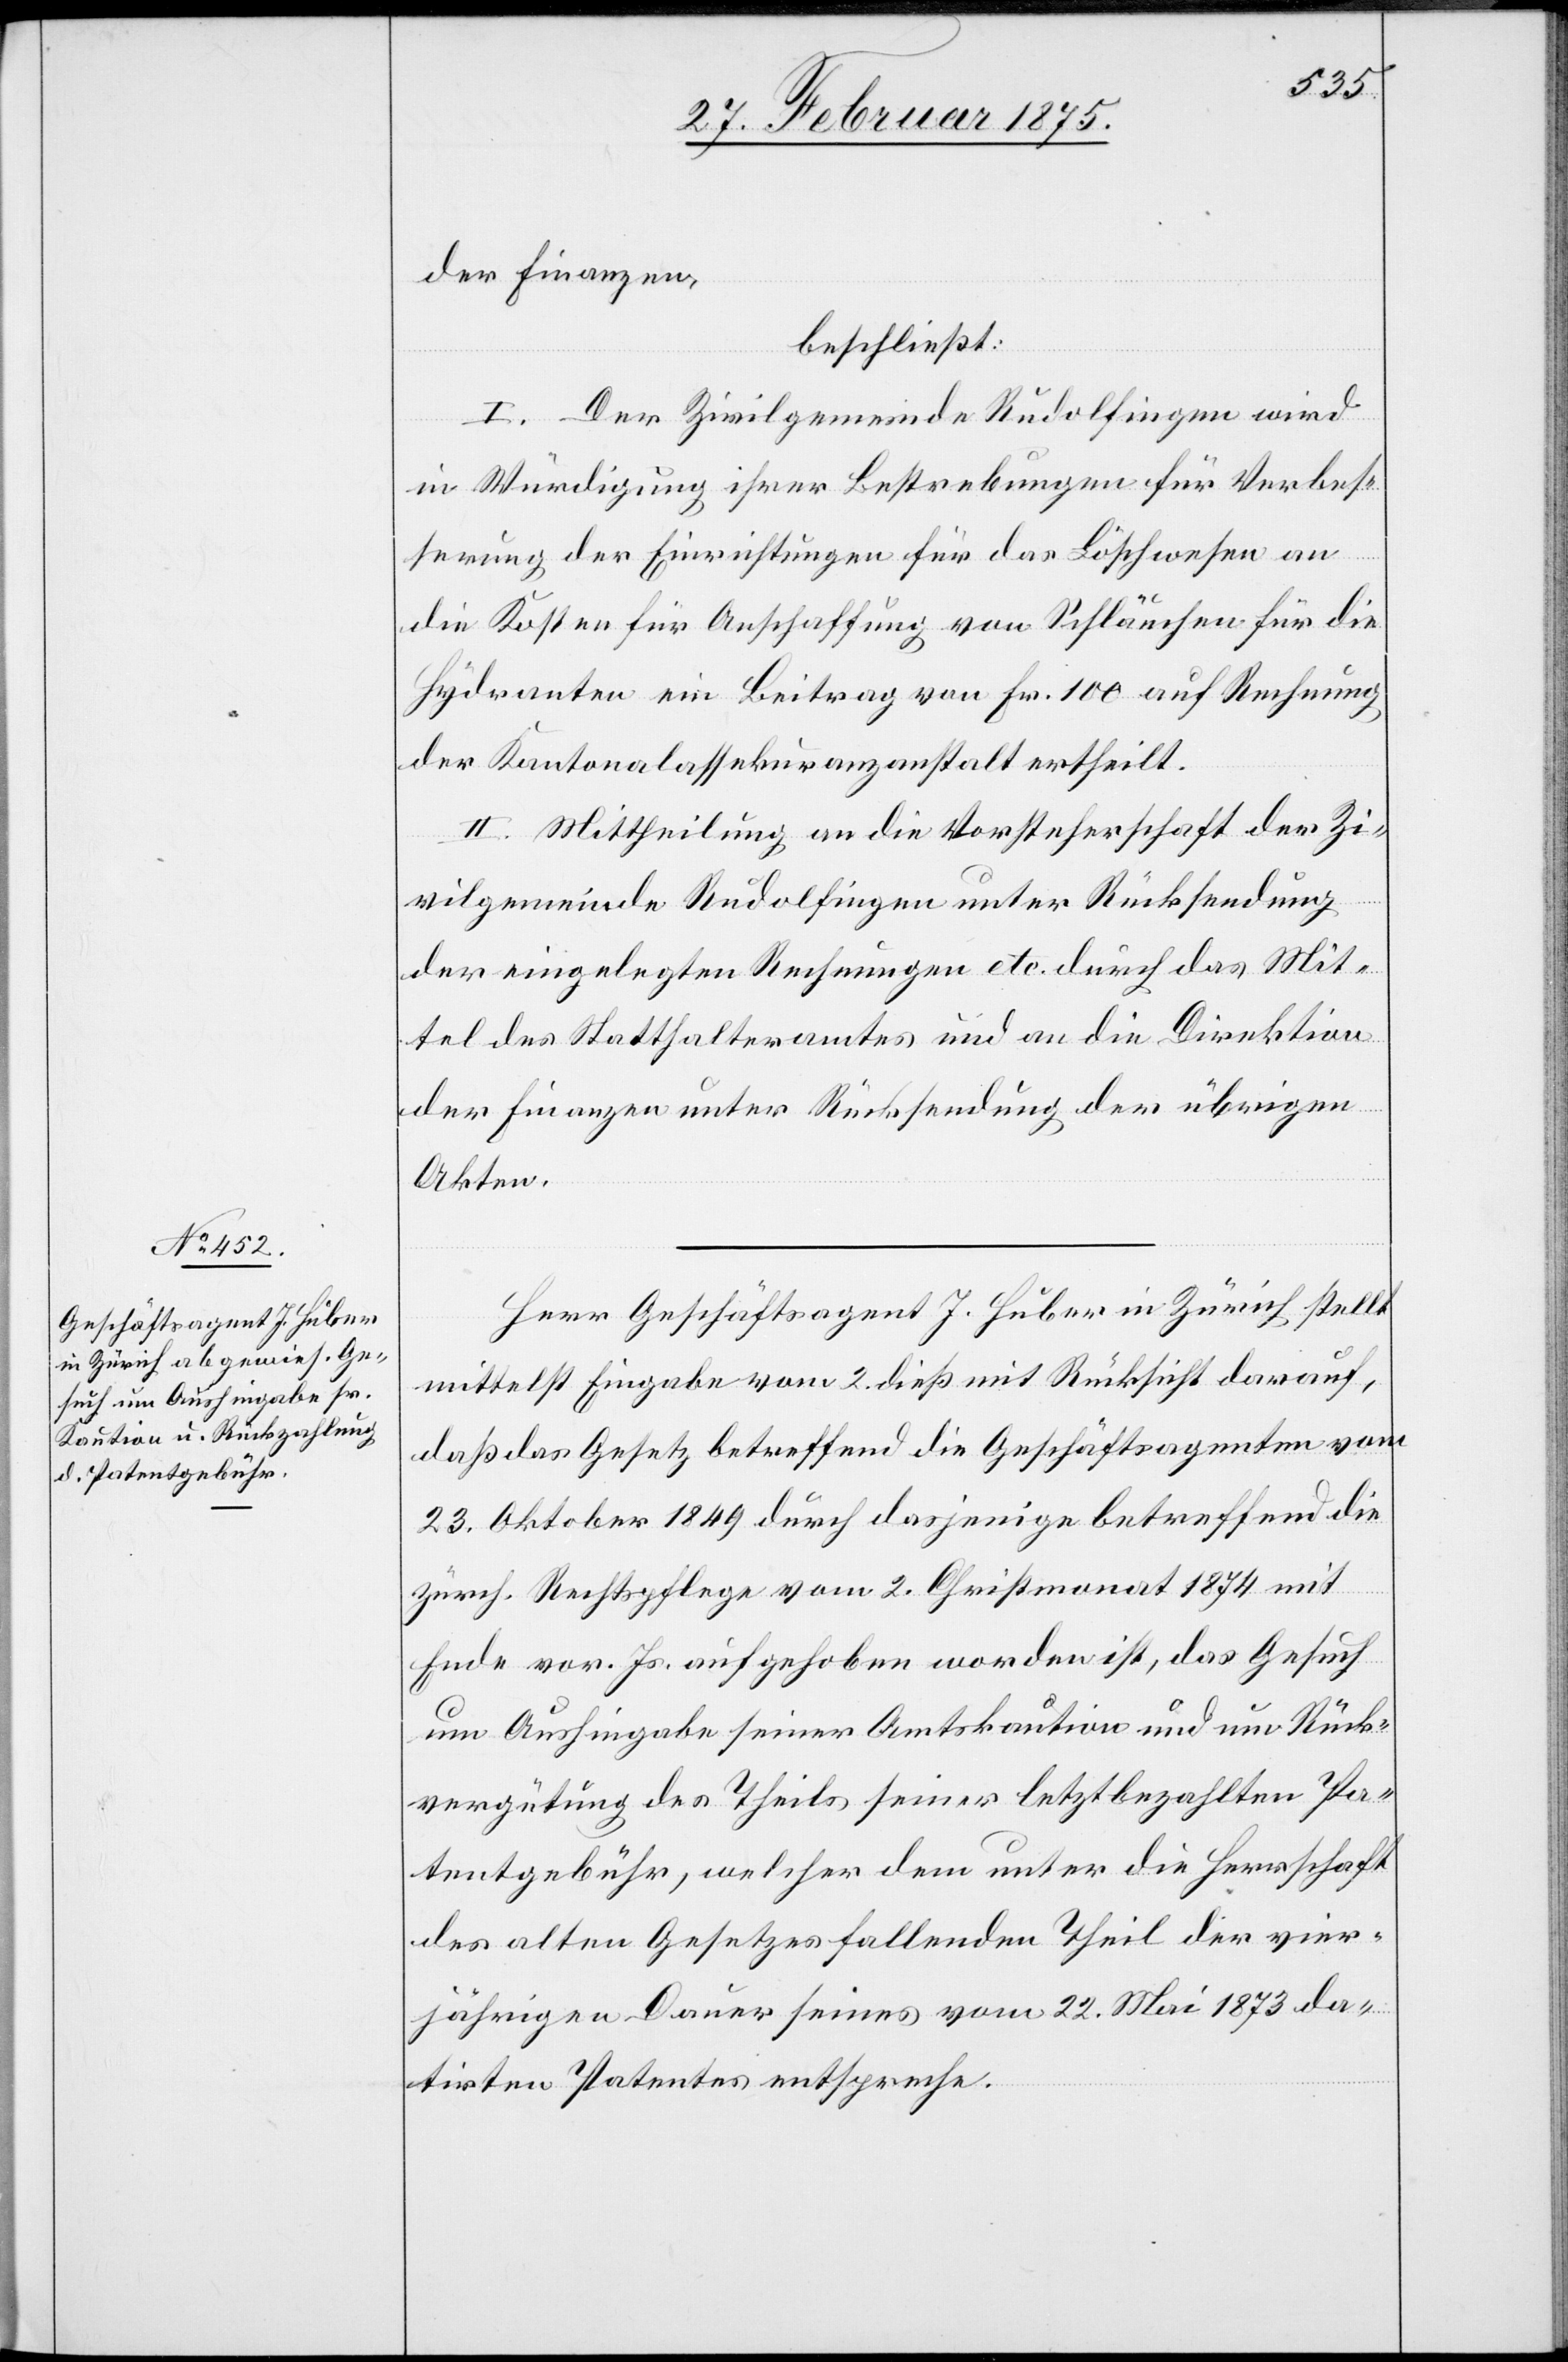
der Finanzen
beschließt:
I. Der Zivilgemeinde Rudolfingen wird
in Würdigung ihrer Bestrebungen für Verbes¬
serung der Einrichtungen für das Löschwesen an
die Kosten für Anschaffung von Schläuchen für die
Hydranten ein Beitrag von Fr. 100 auf Rechnung
der Kantonalassekuranzanstalt ertheilt.
II. Mittheilung an die Vorsteherschaft der Zi¬
vilgemeinde Rudolfingen unter Rücksendung
der eingelegten Rechnungen etc. durch das Mit¬
tel des Statthalteramtes und an die Direktion
der Finanzen unter Rücksendung der übrigen
Akten.
Herr Geschäftsagent J. Huber in Zürich stellt
mittelst Eingabe vom 2. dieß mit Rücksicht darauf,
daß das Gesetz betreffend die Geschäftsagenten vom
23. Oktober 1849 durch dasjenige betreffend die
zürch. Rechtspflege vom 2. Christmonat 1874 mit
Ende vor. Js. aufgehoben worden ist, das Gesuch
um Aushingabe seiner Amtskaution und um Rück¬
vergütung des Theils seiner letztbezahlten Pa¬
tentgebühr, welcher dem unter die Herrschaft
des alten Gesetzes fallenden Theil der vier¬
jährigen Dauer seines vom 22. Mai 1873 da¬
tirten Patentes entspreche.